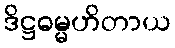
ဒိဋ္ဌဓမ္မဟိတာယ